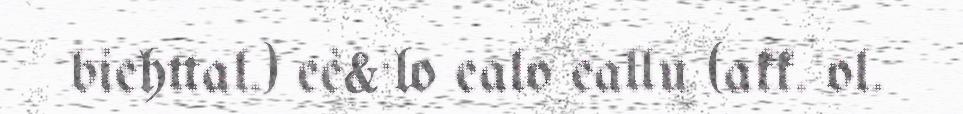
biehttal.) eè&·lo ealo eallu (akk. ol.